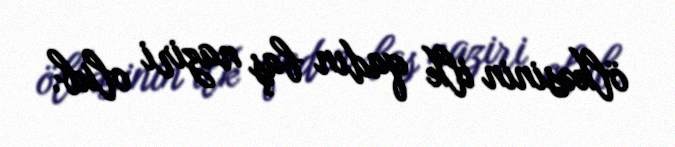
ölkəsinin ilk qadın baş naziri olub.